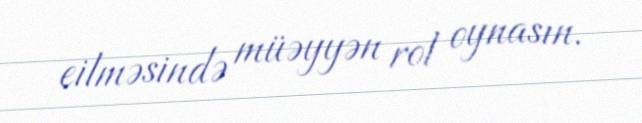
eilməsində müəyyən rol oynasın.